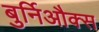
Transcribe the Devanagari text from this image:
बुर्निऔक्स